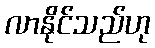
လာနိုင်သည်ဟု